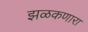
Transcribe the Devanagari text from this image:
झळकणारा